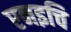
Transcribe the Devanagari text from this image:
एनइचि